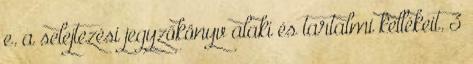
e. a selejtezési jegyzőkönyv alaki és tartalmi kellékeit. 3